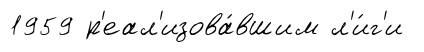
1959 р'еал'изова́вшим л'и́г'и